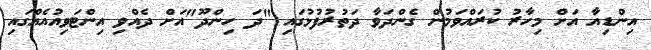
އިންޑިއާ އަށް މިހާރު ކުރައްވަމުން ގެންދަވާ ދަތުރުފުޅުގައި "ދަ ހިންދޫ"އަށް ދެއްވި އިންޓަވިއުއެއްގައި